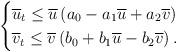
LaTeX: \begin{align*}\begin{cases}\overline{u}_t\leq \overline{u}\left(a_0-a_1\overline{u}+a_2\overline{v}\right)\cr\overline{v}_t\leq \overline{v}\left(b_0+b_1\overline{u}-b_2\overline{v}\right).\end{cases}\end{align*}